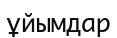
ұйымдар